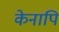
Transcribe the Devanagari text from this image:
केनापि